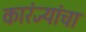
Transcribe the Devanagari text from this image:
कारंज्यांचा